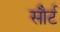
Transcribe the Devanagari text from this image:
सौर्ट